Report on the working of the Ranchi Indian Mental Hospital, Kanke, in Bihar and Orissa - 1930-1940
Year: 1930
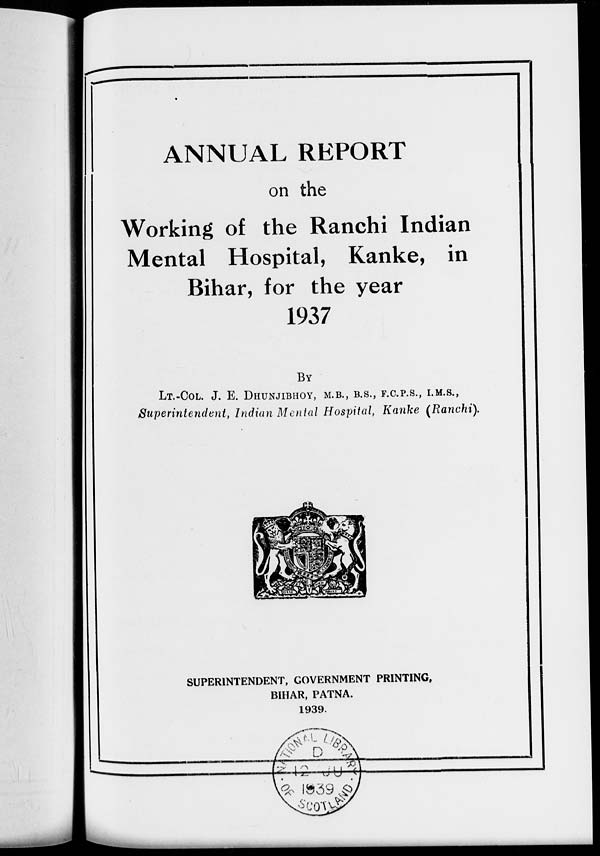
ANNUAL REPORT
on the
Working of the Ranchi Indian
Mental Hospital, Kanke, in
Bihar, for the year
1937
BY
LT.-COL. J. E. DHUNJIBHOY, M.B., B.S., F.C.P.S., I.M.S.,
Superintendent, Indian Mental Hospital, Kanke (Ranchi).
SUPERINTENDENT, GOVERNMENT PRINTING,
BIHAR, PATNA.
1939.